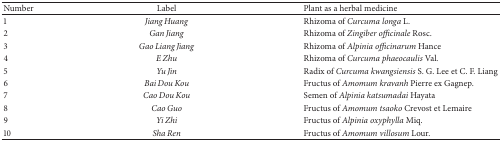
<table><thead><tr><td><b>Number</b></td><td><b>Label</b></td><td><b>Plant as a herbal medicine</b></td></tr></thead><tbody><tr><td>1</td><td><i>Jiang Huang </i></td><td>Rhizoma of<i> Curcuma longa</i> L.</td></tr><tr><td>2</td><td><i>Gan Jiang </i></td><td>Rhizoma of <i>Zingiber officinale</i> Rosc.</td></tr><tr><td>3</td><td><i>Gao Liang Jiang </i></td><td>Rhizoma of <i>Alpinia officinarum</i> Hance</td></tr><tr><td>4</td><td><i>E Zhu </i></td><td>Rhizoma of <i>Curcuma phaeocaulis</i> Val.</td></tr><tr><td>5</td><td><i>Yu Jin </i></td><td>Radix of <i>Curcuma kwangsiensis</i> S. G. Lee et C. F. Liang</td></tr><tr><td>6</td><td><i>Bai Dou Kou </i></td><td>Fructus of <i>Amomum kravanh</i> Pierre ex Gagnep.</td></tr><tr><td>7</td><td><i>Cao Dou Kou </i></td><td>Semen of <i>Alpinia katsumadai</i> Hayata</td></tr><tr><td>8</td><td><i>Cao Guo </i></td><td>Fructus of <i>Amomum tsaoko</i> Crevost et Lemaire</td></tr><tr><td>9</td><td><i>Yi Zhi </i></td><td>Fructus of <i>Alpinia oxyphylla</i> Miq.</td></tr><tr><td>10</td><td><i>Sha Ren </i></td><td>Fructus of <i>Amomum villosum</i> Lour.</td></tr></tbody></table>